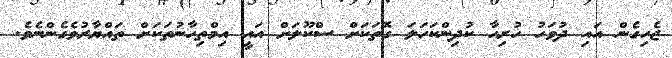
ޖެހިގެން އައި ދުވަހު ހުރިހާ ކުދިންކަހަލަ ގޮތަކަށް ސްކޫލަށް އައީ އިމްތިހާނުތަކަށް ތައްޔާރުވެގެންނެވެ.